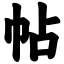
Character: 帖